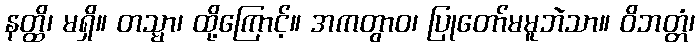
နတ္ထိ၊ မရှိ။ တသ္မာ၊ ထို့ကြောင့်။ အကတွာဝ၊ ပြုတော်မမူဘဲသာ။ ဝိဘတ္တံ၊